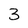
Character: 3